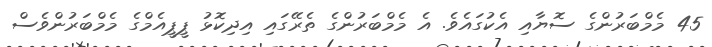
45 މެމްބަރުންގެ ސޮޔާއި އެކުގައެވެ. އެ މެމްބަރުންގެ ތެރޭގައި އިދިކޮޅު ޕީޕީއެމްގެ މެމްބަރުންވެސް